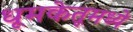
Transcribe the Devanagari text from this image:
धूमकेतूमध्ये